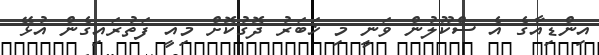
އިންޑިއާގެ އެ ސްކޫލުން ވަނީ މި ޚަބަރު ދޮގުކޮށް މިއީ ފަތުރައިގެން އުޅޭ